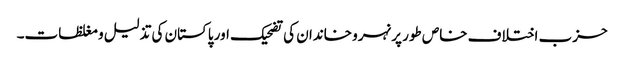
حزب اختلاف خاص طور پر نہرو خاندان کی تضحیک اور پاکستان کی تذلیل و مغلظات۔